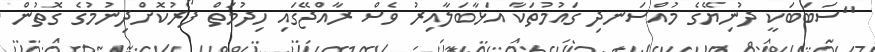
"ސަބަބަކީ ދުނިޔޭގެ މުއްސަނދި ގައުމުތަކާ އަޅާބަލާއިރު ވެސް ރާއްޖޭގައި ހިދުމަތް ފޯރުކޮށްދިނުމުގެ ގޮތުން